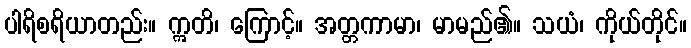
ပါရိစရိယာတည်း။ ဣတိ၊ ကြောင့်။ အတ္တကာမာ၊ မာမည်၏။ သယံ၊ ကိုယ်တိုင်။